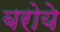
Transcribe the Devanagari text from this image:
बरोये